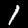
Digit: 1